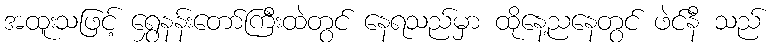
အထူးသဖြင့် ရွှေနန်းတော်ကြီးထဲတွင် နေရသည်မှာ ထိုနေ့ညနေတွင် ဖဲင်နီ သည်